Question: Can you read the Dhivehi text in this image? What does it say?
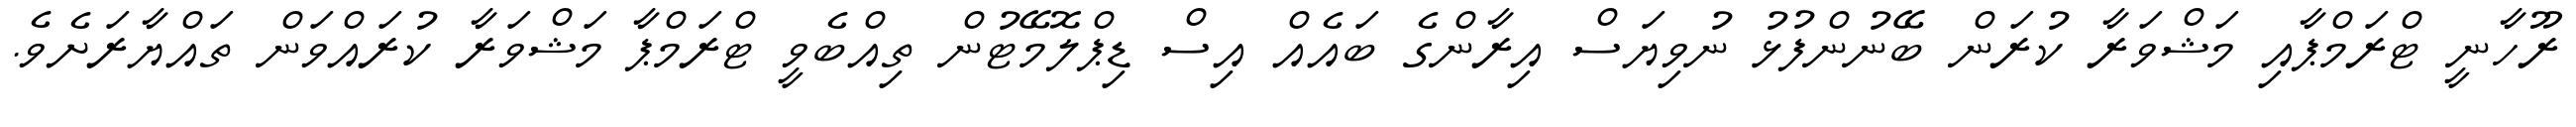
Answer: ރޫހާނީ ޓްރަމްޕާއި މަޝްވަރާ ކުރަން ބޭނުންފުޅު ނުވިޔަސް އިރާންގެ ބައެއް އިސް ޑިޕްލޮމޭޓުން ތިއްބެވީ ޓްރަމްޕާ މަޝްވަރާ ކުރައްވަން ތައްޔާރަށެވެ.